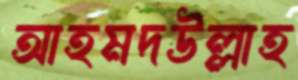
আহমদউল্লাহ